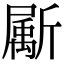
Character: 𣃁